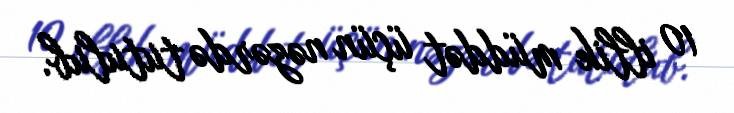
10 illik müddət üçün nəzərdə tutulub.